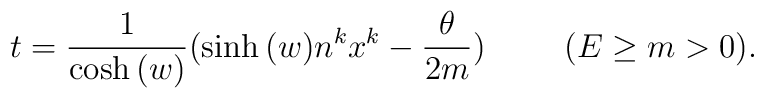
t = \frac{1}{\cosh{(w)}} (\sinh{(w)}n^{k}x^{k} - \frac{\theta}{2m}) \hspace{1cm} (E \geq m > 0).